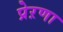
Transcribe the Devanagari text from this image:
प्रेऱणा